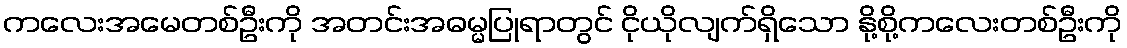
ကလေးအမေတစ်ဦးကို အတင်းအဓမ္မပြုရာတွင် ငိုယိုလျက်ရှိသော နို့စို့ကလေးတစ်ဦးကို